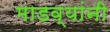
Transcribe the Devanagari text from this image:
माडव्यांनी